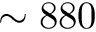
\sim 8 8 0